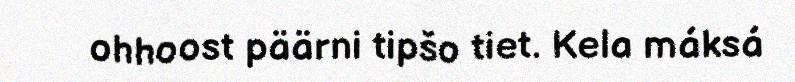
ohhoost päärni tipšo tiet. Kela máksá